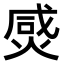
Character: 𤊸